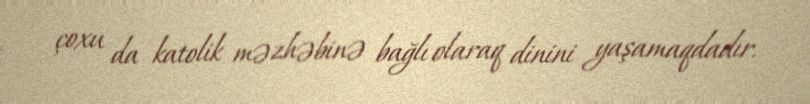
çoxu da katolik məzhəbinə bağlı olaraq dinini yaşamaqdadır.